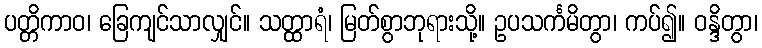
ပတ္တိကာဝ၊ ခြေကျင်သာလျှင်။ သတ္ထာရံ၊ မြတ်စွာဘုရားသို့။ ဥပသင်္ကမိတွာ၊ ကပ်၍။ ဝန္ဒိတွာ၊